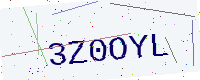
Text: 3Z0OYL